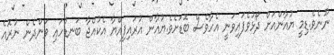
ނޫނެވެ.ޑިމީ ޔުއާންއަށް ދޯޅުވެފައިވަނީ އެހާވެސް ބޮޑަށެވެ.ޔުއާން އުރައިފިއްޔާ އެކުއްޖާ ބަނޑުހައި ވަންދެން ނުރޮއެ